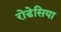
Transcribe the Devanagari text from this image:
रोडेसिया